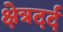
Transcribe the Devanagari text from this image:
क्षेत्रदर्द